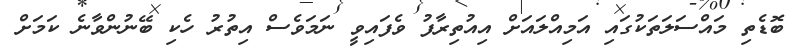
ބޮޑެތި މައްސަލަތަކުގައި އަމިއްލައަށް އިއުތިރާފު ވެފައިވީ ނަމަވެސް އިތުރު ހެކި ބޭނުންވާނެ ކަމަށް